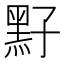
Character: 𪐣